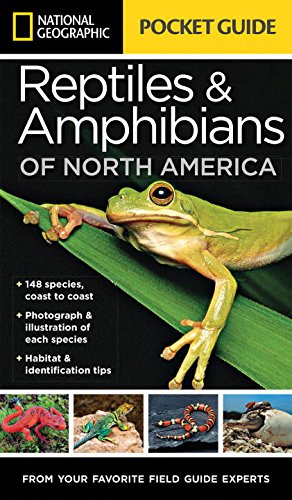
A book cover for National Geographic Pocket Guide to Reptiles and Amphibians of North America; Catherine Herbert Howell; Crafts, Hobbies & Home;